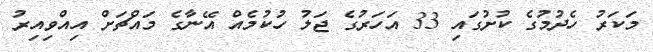
މަކަރު ހެދުމުގެ ކުށުގައި 33 އަހަރުގެ ޖަލު ހުކުމެއް އޭނާގެ މައްޗަށް އިއްވިއިރު